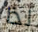
لذا